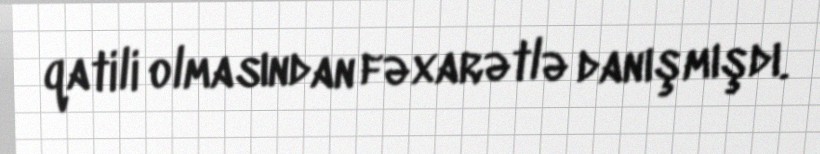
qatili olmasından fəxarətlə danışmışdı.